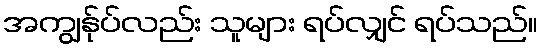
အကျွန်ုပ်လည်း သူများ ရပ်လျှင် ရပ်သည်။